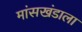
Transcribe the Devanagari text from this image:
मांसखंडाला